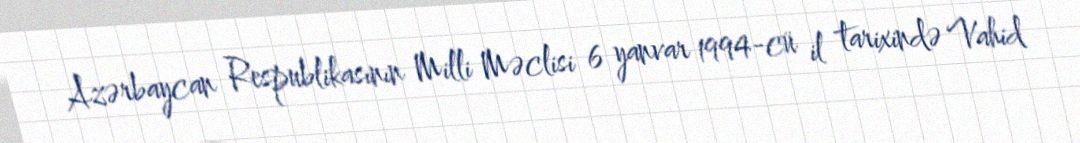
Azərbaycan Respublikasının Milli Məclisi 6 yanvar 1994-cü il tarixində Vahid